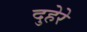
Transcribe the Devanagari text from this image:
दुहेरे